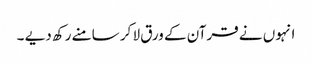
انہوں نے قرآن کے ورق لا کر سامنے رکھ دیے ۔